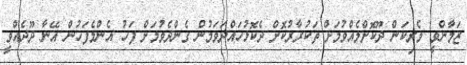
ޒަމާންވީ ވެރިކަން ދޫކޮށްލެއްވުމަށް ތަކުރާރުކޮށް ދެކޮޅުހައްދަވަމުން ގެންދެވުމަށް ފަހު އެންމެފަހުން އޭނާ ދޫދެއްވީ